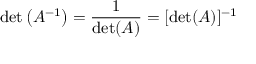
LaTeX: \operatorname* { d e t } \left( A ^ { - 1 } \right) = { \frac { 1 } { \operatorname* { d e t } ( A ) } } = [ \operatorname* { d e t } ( A ) ] ^ { - 1 }